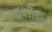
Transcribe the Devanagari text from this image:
अॅबर्डीनचा